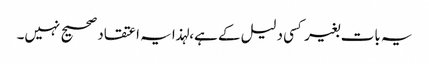
یہ بات بغیر کسی دلیل کے ہے،لہذا یہ اعتقاد صحیح نہیں۔